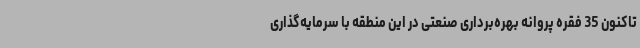
تاکنون 35 فقره پروانه بهره‌برداری صنعتی در این منطقه با سرمایه‌گذاری